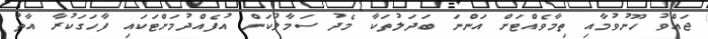
ޖައްވު ހޫނުވުމާއި ތިމާވެއްޓަށް އަންނަ ބަދަލުތަކާ މެދު ސަމާލުކަން އުފެއްދުމަށްޓަކައި ފާހަގަކުރާ އާތު